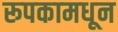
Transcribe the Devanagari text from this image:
रूपकामधून